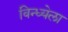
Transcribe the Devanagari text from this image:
विन्ध्येला